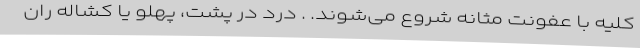
کلیه با عفونت مثانه شروع می‌شوند. . درد در پشت، پهلو یا کشاله ران